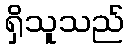
ရှိသူသည်